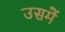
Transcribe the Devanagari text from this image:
उसमेें